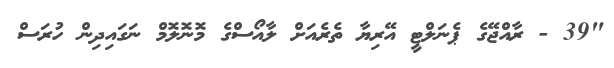
"39 - ރާއްޖޭގެ ޕެނަލްޓީ އޭރިޔާ ތެރެއަށް ލާއޯސްގެ މޮނޮލޮމް ނަގައިދިން ހުރަސް